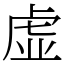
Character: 虚